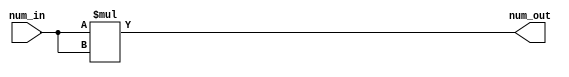
module square_N_bit(num_in,num_out);
parameter n=4;
input [n-1:0] num_in;
output reg [((2*n)-1):0]num_out;
reg [((2*n)-1):0]temp;

always@(*)
begin
temp=num_in*num_in;
num_out=temp;
end

endmodule